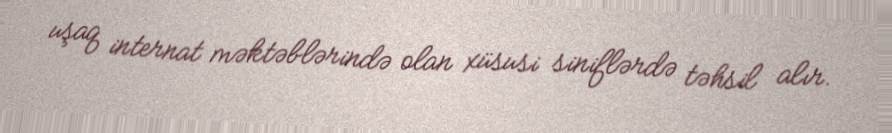
uşaq internat məktəblərində olan xüsusi siniflərdə təhsil alır.